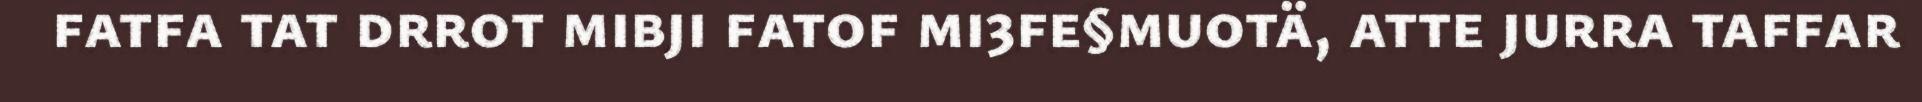
fatfa tat drrot mibji fatof mi3fe§muotä, atte jurra taffar